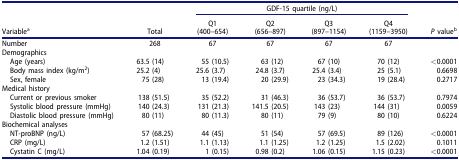
<table><thead><tr><td></td><td></td><td colspan="4"><b>GDF-15 quartile (ng/L)</b></td><td></td></tr><tr><td></td><td></td><td><b>Q1</b></td><td><b>Q2</b></td><td><b>Q3</b></td><td><b>Q4</b></td><td></td></tr><tr><td><b>Variable<sup>a</sup></b></td><td><b>Total</b></td><td><b>(400–654)</b></td><td><b>(656–897)</b></td><td><b>(897–1154)</b></td><td><b>(1159–3950)</b></td><td><b><i>P</i> value<sup>b</sup></b></td></tr></thead><tbody><tr><td>Number</td><td>268</td><td>67</td><td>67</td><td>67</td><td>67</td><td></td></tr><tr><td>Demographics</td><td></td><td></td><td></td><td></td><td></td><td></td></tr><tr><td> Age (years)</td><td>63.5 (14)</td><td>55 (10.5)</td><td>63 (12)</td><td>67 (10)</td><td>70 (12)</td><td>&lt;0.0001</td></tr><tr><td> Body mass index (kg/m<sup>2</sup>)</td><td>25.2 (4)</td><td>25.6 (3.7)</td><td>24.8 (3.7)</td><td>25.4 (3.4)</td><td>25 (5.1)</td><td>0.6698</td></tr><tr><td> Sex, female</td><td>75 (28)</td><td>13 (19.4)</td><td>20 (29.9)</td><td>23 (34.3)</td><td>19 (28.4)</td><td>0.2717</td></tr><tr><td>Medical history</td><td></td><td></td><td></td><td></td><td></td><td></td></tr><tr><td> Current or previous smoker</td><td>138 (51.5)</td><td>35 (52.2)</td><td>31 (46.3)</td><td>36 (53.7)</td><td>36 (53.7)</td><td>0.7974</td></tr><tr><td> Systolic blood pressure (mmHg)</td><td>140 (24.3)</td><td>131 (21.3)</td><td>141.5 (20.5)</td><td>143 (23)</td><td>144 (31)</td><td>0.0059</td></tr><tr><td> Diastolic blood pressure (mmHg)</td><td>80 (11)</td><td>80 (11.3)</td><td>80 (11)</td><td>79 (9)</td><td>80 (10)</td><td>0.6224</td></tr><tr><td>Biochemical analyses</td><td></td><td></td><td></td><td></td><td></td><td></td></tr><tr><td> NT-proBNP (ng/L)</td><td>57 (68.25)</td><td>44 (45)</td><td>51 (54)</td><td>57 (69.5)</td><td>89 (126)</td><td>&lt;0.0001</td></tr><tr><td> CRP (mg/L)</td><td>1.2 (1.51)</td><td>1.1 (1.13)</td><td>1.1 (1.25)</td><td>1.2 (1.25)</td><td>1.5 (2.02)</td><td>0.1011</td></tr><tr><td> Cystatin C (mg/L)</td><td>1.04 (0.19)</td><td>1 (0.15)</td><td>0.98 (0.2)</td><td>1.06 (0.15)</td><td>1.15 (0.23)</td><td>&lt;0.0001</td></tr></tbody></table>